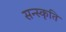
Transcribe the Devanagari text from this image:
सन्स्कृति